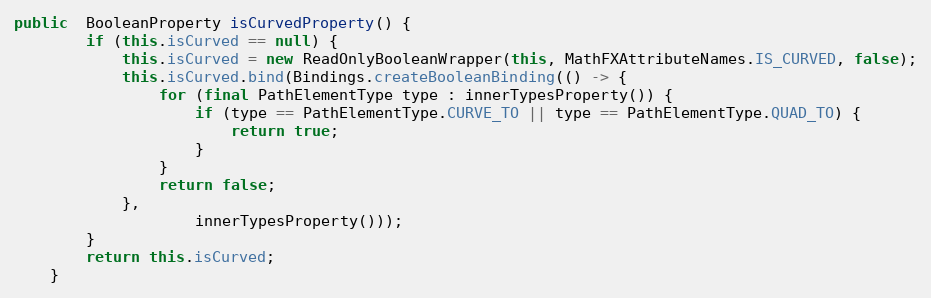
Language: Java
public  BooleanProperty isCurvedProperty() {
		if (this.isCurved == null) {
			this.isCurved = new ReadOnlyBooleanWrapper(this, MathFXAttributeNames.IS_CURVED, false);
			this.isCurved.bind(Bindings.createBooleanBinding(() -> {
				for (final PathElementType type : innerTypesProperty()) {
					if (type == PathElementType.CURVE_TO || type == PathElementType.QUAD_TO) {
						return true;
					}
				}
				return false;
			},
					innerTypesProperty()));
		}
		return this.isCurved;
	}